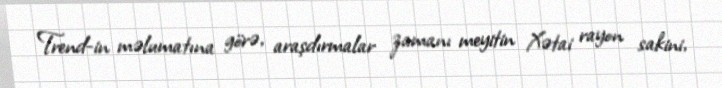
Trend-in məlumatına görə, araşdırmalar zamanı meyitin Xətai rayon sakini,